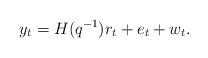
LaTeX: \begin{align*}y_t = H(q^{-1})r_t + e_t+w_t.\end{align*}